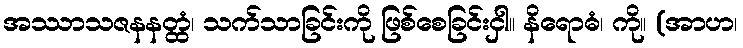
အဿာသဇနနတ္ထံ၊ သက်သာခြင်းကို ဖြစ်စေခြင်းငှါ။ နိရောဓံ၊ ကို။ (အာဟ၊